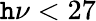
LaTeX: \mathtt{h}\nu<27